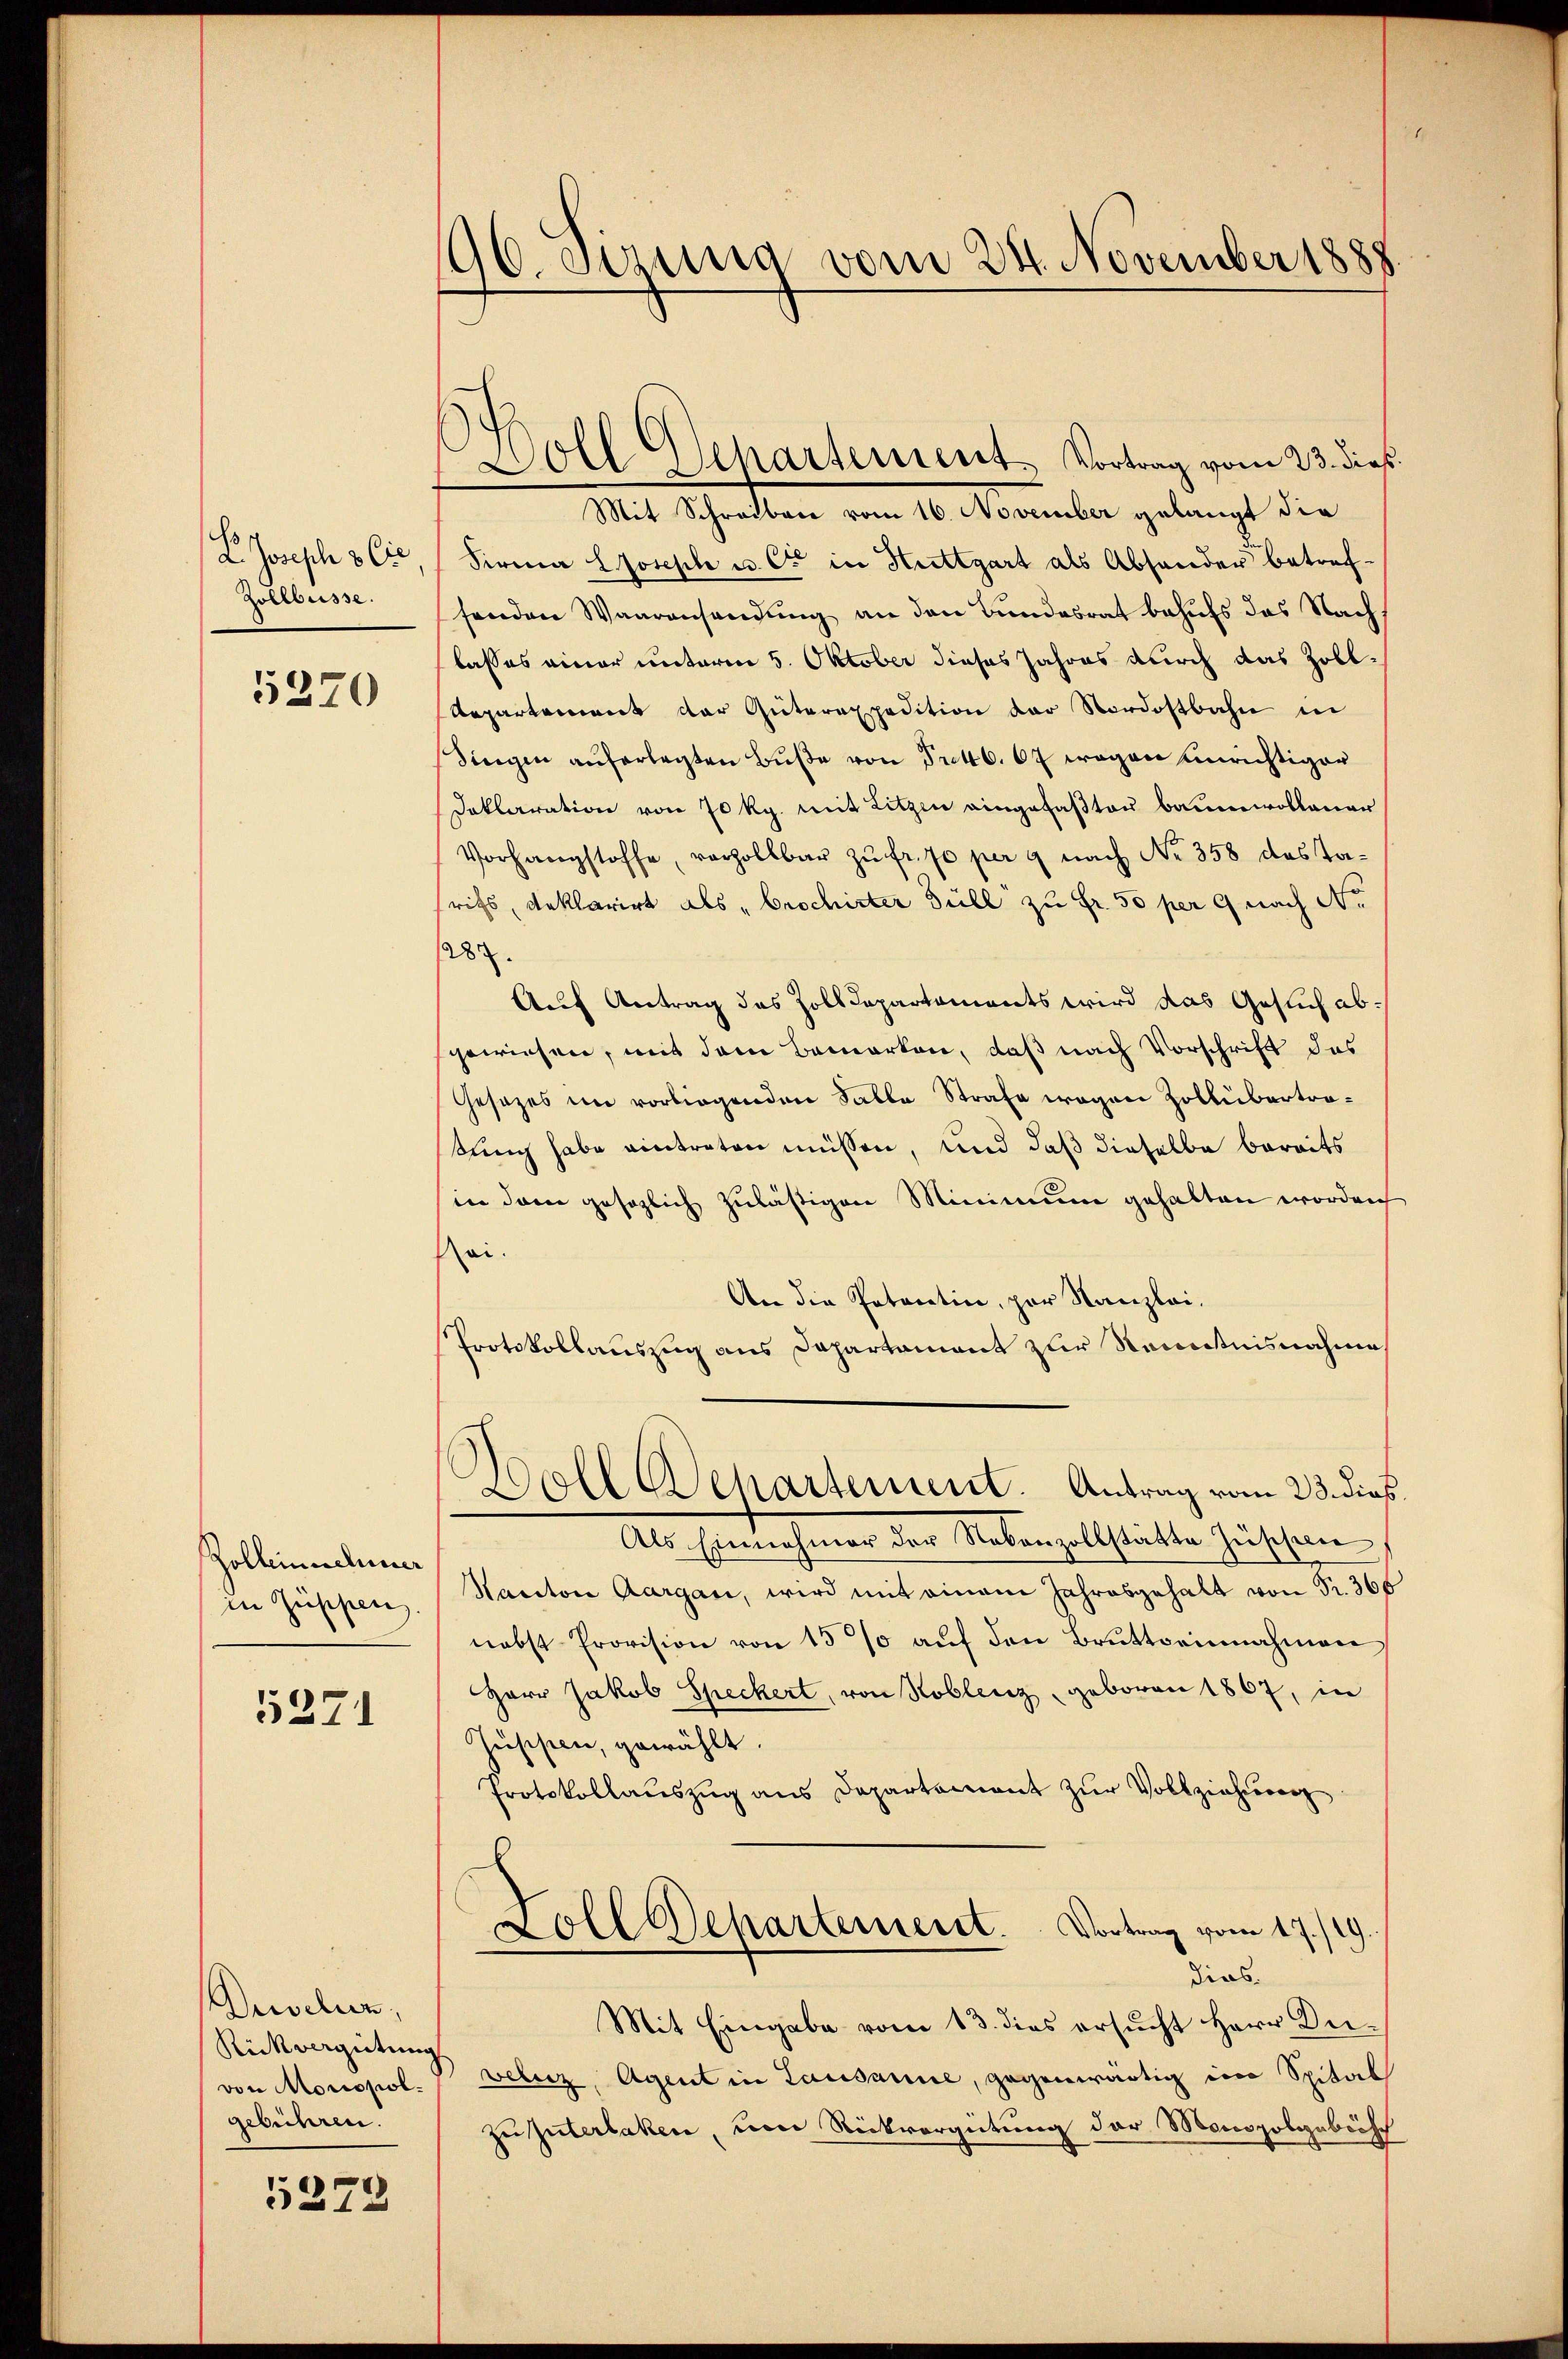
h
L. Joseph 3 Cie
Zollbüsse.

5370

Zolleinschmer
in Zuschen.

5271

Drevelin,
Rückvergütung.
von Moriopol.
gebühren.

5272

96. Sezung vom 24. November 1888.

Zoll Departement. Vortrag vom 23. dieß

Mit Schreiben vom 16. November gelangt die
Sirma Joseph u. C in Stuttgart als Absonder betrefsenden Waarensendung an den Bundesrat behufs das Nach
lasses einer unterm 5. Oktober dieses Jahres durch das Zoll¬
Repartement der Güterexpedition der Nordostbahn in
Singen auferlegten Bŭβe von Pretto. 67 wegen einrichtiger
Daklaration von 70 Rp. mit Litzen eingefaβten Baumwollauer
Vorhangstoffe, verzollbar zŭ fr. 70 per 9 nach No. 358 das Tarifs, Reklarirt als „brochirter Güll zu Fr. 50 per 9 nach No
1287.
Auf Antrag des Zolldepartaments wird das Gesuch abgewiesen, mit dem Bemerken, daß nach Vorschrift das
Gesezes im vorliegenden Salle Strafe wegen Zollübertratung habe eintreten müssen, und daß dieselbe bereits
in dem gesezlich zuläßigen Minimum gehalten worden
sei.
An die Patentin, par Kanzlei-
Protokollauszug aus Dapartament zur Renntnisnahme
Woll Departement. Antrag vom 23. dies
Als Einnahmer der Nebenzollstätte Zuscheine
Kanton Aargau, wird mit einem Jahresgehalt von Fr. 368
nebst Provision von 15% auf den Bruttseinnahmen
Herr Jakob Speckert, von Koblenz, geboren 1867, in
Züsisten, gewählt.
Protokollauszug aus Departement zur Vollziehenerg
Zoll Departement. Vortrag vom 17./19.
dies
Mit Eingabe vom 13. dies ersucht Herr Deiveleiz, Agent in Lausanne, gegenwärtig im Spital
zu guterlaken, von Rückvergütung der Monopolgabisch